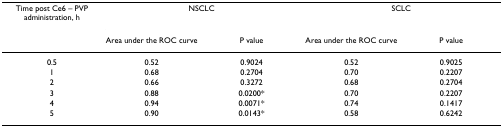
<table><thead><tr><td><b>Time post Ce6 – PVP administration, h</b></td><td colspan="2"><b>NSCLC</b></td><td colspan="2"><b>SCLC</b></td></tr><tr><td></td><td><b>Area under the ROC curve</b></td><td><b>P value</b></td><td><b>Area under the ROC curve</b></td><td><b>P value</b></td></tr></thead><tbody><tr><td>0.5</td><td>0.52</td><td>0.9024</td><td>0.52</td><td>0.9025</td></tr><tr><td>1</td><td>0.68</td><td>0.2704</td><td>0.70</td><td>0.2207</td></tr><tr><td>2</td><td>0.66</td><td>0.3272</td><td>0.68</td><td>0.2704</td></tr><tr><td>3</td><td>0.88</td><td>0.0200*</td><td>0.70</td><td>0.2207</td></tr><tr><td>4</td><td>0.94</td><td>0.0071*</td><td>0.74</td><td>0.1417</td></tr><tr><td>5</td><td>0.90</td><td>0.0143*</td><td>0.58</td><td>0.6242</td></tr></tbody></table>